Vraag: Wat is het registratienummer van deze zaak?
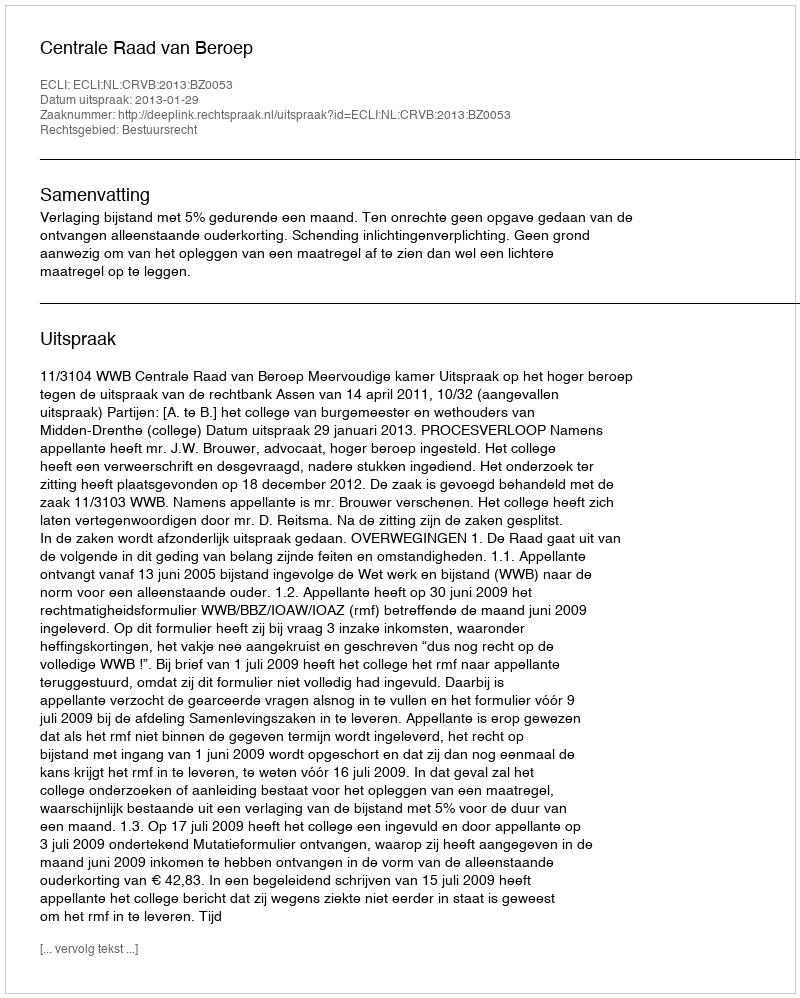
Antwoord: http://deeplink.rechtspraak.nl/uitspraak?id=ECLI:NL:CRVB:2013:BZ0053